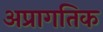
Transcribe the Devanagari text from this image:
अप्रागतिक